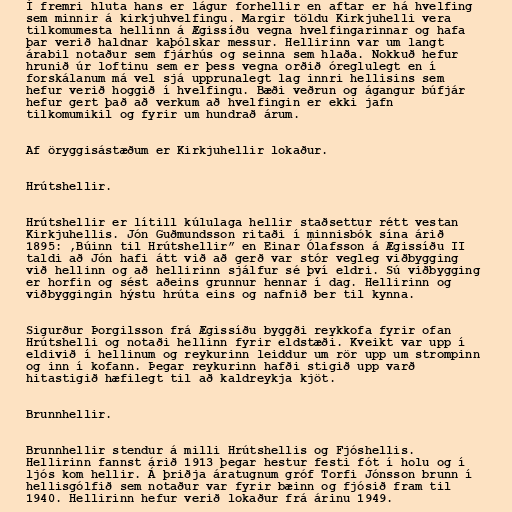
Í fremri hluta hans er lágur forhellir en aftar er há hvelfing
sem minnir á kirkjuhvelfingu. Margir töldu Kirkjuhelli vera
tilkomumesta hellinn á Ægissíðu vegna hvelfingarinnar og hafa
þar verið haldnar kaþólskar messur. Hellirinn var um langt
árabil notaður sem fjárhús og seinna sem hlaða. Nokkuð hefur
hrunið úr loftinu sem er þess vegna orðið óreglulegt en í
forskálanum má vel sjá upprunalegt lag innri hellisins sem
hefur verið hoggið í hvelfingu. Bæði veðrun og ágangur búfjár
hefur gert það að verkum að hvelfingin er ekki jafn
tilkomumikil og fyrir um hundrað árum.

Af öryggisástæðum er Kirkjuhellir lokaður.

Hrútshellir.

Hrútshellir er lítill kúlulaga hellir staðsettur rétt vestan
Kirkjuhellis. Jón Guðmundsson ritaði í minnisbók sína árið
1895: ,Búinn til Hrútshellir” en Einar Ólafsson á Ægissíðu II
taldi að Jón hafi átt við að gerð var stór vegleg viðbygging
við hellinn og að hellirinn sjálfur sé því eldri. Sú viðbygging
er horfin og sést aðeins grunnur hennar í dag. Hellirinn og
viðbyggingin hýstu hrúta eins og nafnið ber til kynna.

Sigurður Þorgilsson frá Ægissíðu byggði reykkofa fyrir ofan
Hrútshelli og notaði hellinn fyrir eldstæði. Kveikt var upp í
eldivið í hellinum og reykurinn leiddur um rör upp um strompinn
og inn í kofann. Þegar reykurinn hafði stigið upp varð
hitastigið hæfilegt til að kaldreykja kjöt.

Brunnhellir.

Brunnhellir stendur á milli Hrútshellis og Fjóshellis.
Hellirinn fannst árið 1913 þegar hestur festi fót í holu og í
ljós kom hellir. Á þriðja áratugnum gróf Torfi Jónsson brunn í
hellisgólfið sem notaður var fyrir bæinn og fjósið fram til
1940. Hellirinn hefur verið lokaður frá árinu 1949.